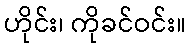
ဟိုင်း၊ ကိုခင်ဝင်း။